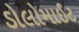
ડોલોમાઈટ